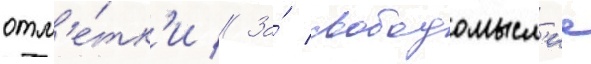
отм'е́тк'и // За́ свободомысл'ие